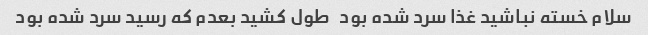
سلام خسته نباشید غذا سرد شده بود   طول کشید بعدم که رسید سرد شده بود